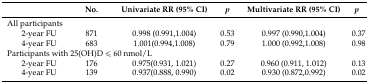
|  | No. | Univariate RR (95% CI) | p | Multivariate RR (95% CI) | p |
 | --- | --- | --- | --- | --- | --- |
 | <COLSPAN=6> All participants |
 | 2-year FU | 871 | 0.998 (0.991,1.004) | 0.53 | 0.997 (0.990,1.004) | 0.37 |
 | 4-year FU | 683 | 1.001(0.994,1.008) | 0.79 | 1.000 (0.992,1.008) | 0.98 |
 | <COLSPAN=6> Participants with 25(OH)D ≤ 60 nmol/L |
 | 2-year FU | 176 | 0.975(0.931, 1.021) | 0.27 | 0.960 (0.911, 1.012) | 0.13 |
 | 4-year FU | 139 | 0.937(0.888, 0.990) | 0.02 | 0.930 (0.872,0.992) | 0.02 |